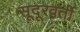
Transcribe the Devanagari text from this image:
सूदूरवर्ती